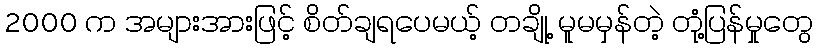
2000 က အများအားဖြင့် စိတ်ချရပေမယ့် တချို့ မူမမှန်တဲ့ တုံ့ပြန်မှုတွေ